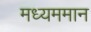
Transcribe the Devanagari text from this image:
मध्यममान